Indian journal of veterinary science and animal husbandry - Volume 3,
Year: 1933
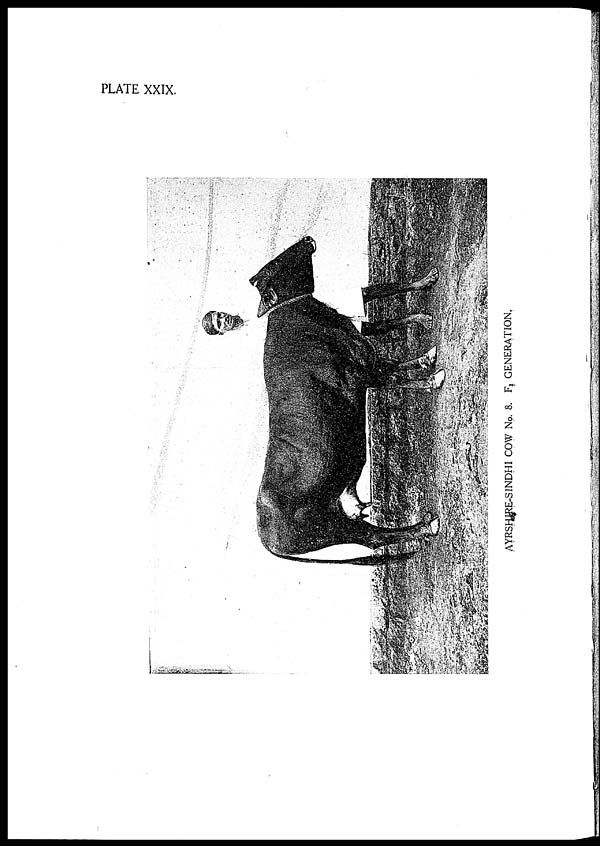
PLATE XXIX.
AYRSHIRE-SINDHI
COW No. 8. F
1 GENERATION.